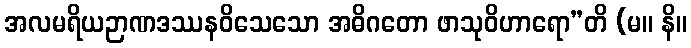
အလမရိယဉာဏဒဿနဝိသေသော အဓိဂတော ဖာသုဝိဟာရော”တိ (မ။ နိ။